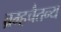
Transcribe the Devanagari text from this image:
ब्रम्हचैतन्य